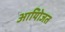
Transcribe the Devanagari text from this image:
आयोिजत